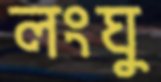
লংঘু